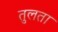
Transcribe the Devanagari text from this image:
तुलता